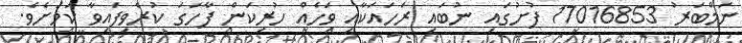
ނަމްބަރު 17016853 ފުށުގައި ނުބައި ރަހައަކާއި ވަހެއް ހުރިކަން ފާހަގަ ކުރެވިފައިވާ ކަމަށެވެ.